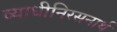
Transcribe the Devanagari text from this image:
व्याधीनिरसनार्थ